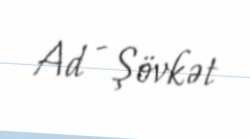
Ad - Şövkət